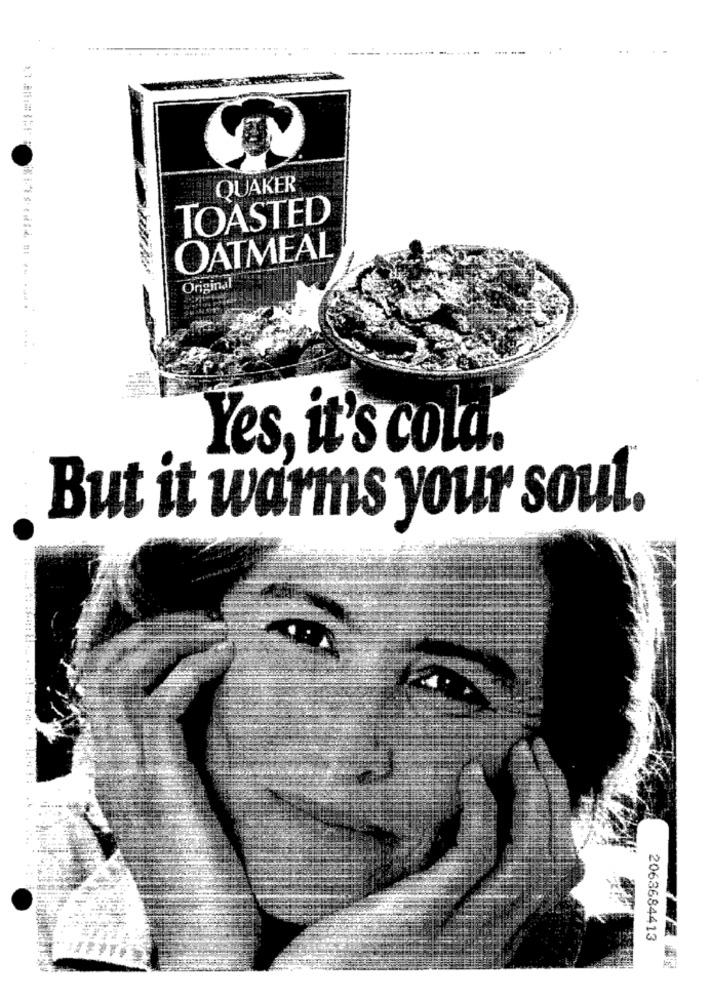
QUAKER
TOASTED
OATMEAL
Original
Yes, it's cold.
But it warms your soul.
2063684413